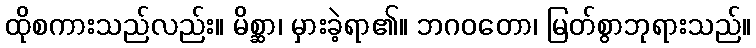
ထိုစကားသည်လည်း။ မိစ္ဆာ၊ မှားခဲ့ရာ၏။ ဘဂဝတော၊ မြတ်စွာဘုရားသည်။